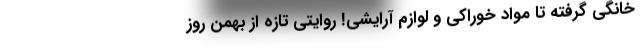
خانگی گرفته تا مواد خوراکی و لوازم آرایشی! روایتی تازه از بهمن روز